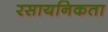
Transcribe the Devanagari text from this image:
रसायनिकता